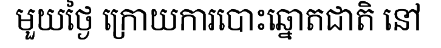
មួយថ្ងៃ ក្រោយការបោះឆ្នោតជាតិ នៅ